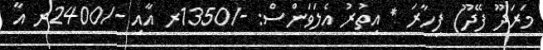
މަރަދޫ ފޭދޫ) ފިހާރަ * އިތުރު އެލަވަންސް: -/1350ރ އާއި -/2400ރ އާ